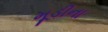
મૂડીના